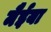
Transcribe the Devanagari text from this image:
मैईया